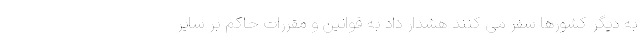
به دیگر کشورها سفر می کنند هشدار داد به قوانین و مقررات حاکم بر سایر